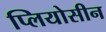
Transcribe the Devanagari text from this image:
प्लियोसीन